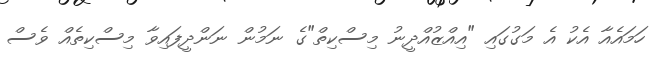
ހަމައެއާ އެކު އެ މަގުގައި "އިއްޒުއްދީނު މިސްކިތް"ގެ ނަމުން ނަންދީފައިވާ މިސްކިތެއް ވެސް